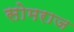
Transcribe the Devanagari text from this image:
सोमराज